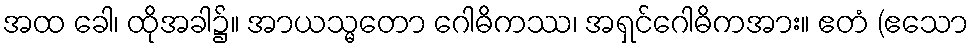
အထ ခေါ၊ ထိုအခါ၌။ အာယသ္မတော ဂေါဓိကဿ၊ အရှင်ဂေါဓိကအား။ ဧတံ (ဧသော